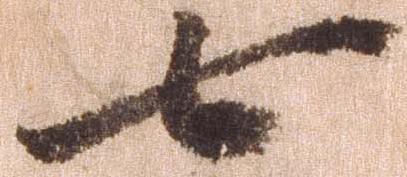
七